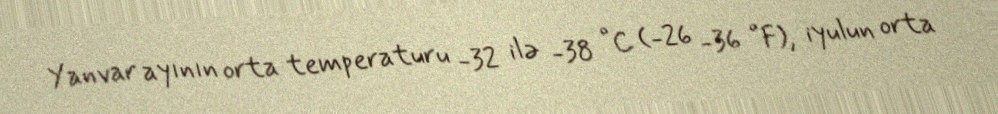
Yanvar ayının orta temperaturu -32 ilə -38 °C (-26 -36 °F), iyulun orta